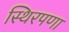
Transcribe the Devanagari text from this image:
स्थिरपणा